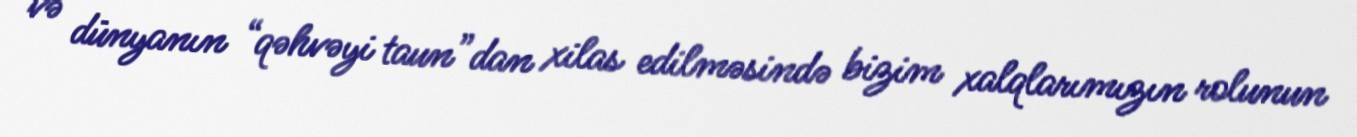
və dünyanın “qəhvəyi taun”dan xilas edilməsində bizim xalqlarımızın rolunun